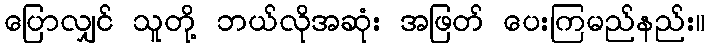
ပြောလျှင် သူတို့ ဘယ်လိုအဆုံး အဖြတ် ပေးကြမည်နည်း။